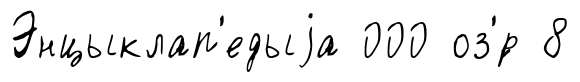
Энцыклап'едыjа 000 оз'́р 8